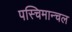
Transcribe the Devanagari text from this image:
पस्चिमान्चल